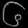
Digit: ၆